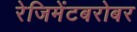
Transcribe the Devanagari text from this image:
रेजिमेंटबरोबर